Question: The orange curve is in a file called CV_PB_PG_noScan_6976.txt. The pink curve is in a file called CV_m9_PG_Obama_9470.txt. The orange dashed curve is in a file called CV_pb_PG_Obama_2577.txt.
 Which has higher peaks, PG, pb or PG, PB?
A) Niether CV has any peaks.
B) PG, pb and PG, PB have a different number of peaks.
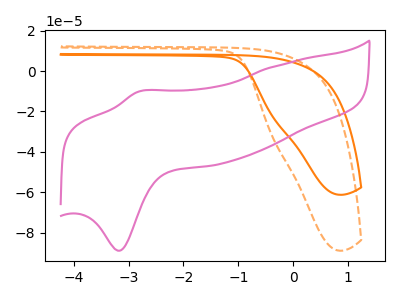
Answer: <think>The orange curve "PG, PB" has no peaks. The pink curve "PG, m9" has an anodic peak at (-2.85V, -10.25uA) and a cathodic peak at (-3.20V, -88.85uA). The orange dashed curve "PG, pb" has no peaks.</think>
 <answer>A) Niether CV has any peaks.</answer>
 <eval>A</eval>